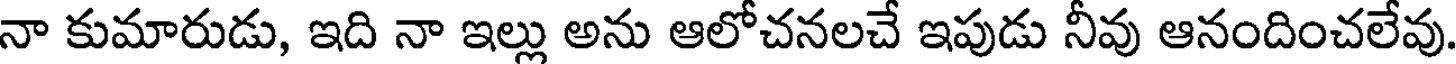
నా కుమారుడు, ఇది నా ఇల్లు అను ఆలోచనలచే ఇపుడు నీవు ఆనందించలేవు